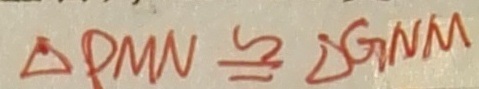
\Delta P M N \cong \Delta G N M